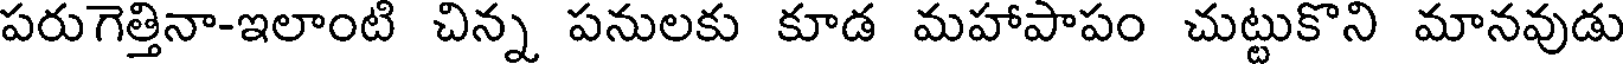
పరుగెత్తినా-ఇలాంటి చిన్న పనులకు కూడ మహాపాపం చుట్టుకొని మానవుడు